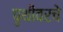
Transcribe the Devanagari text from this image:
पृथीवरचे